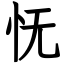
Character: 怃